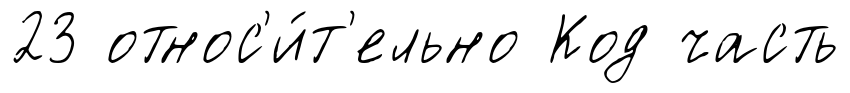
23 относ'и́т'ельно Код часть